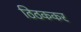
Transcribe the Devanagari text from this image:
ठिठककर